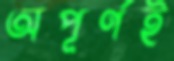
অপূর্ণই